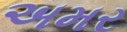
અમર